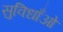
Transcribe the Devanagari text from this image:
सुविधाँओ